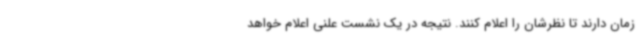
زمان دارند تا نظرشان را اعلام کنند. نتیجه در یک نشست علنی اعلام خواهد